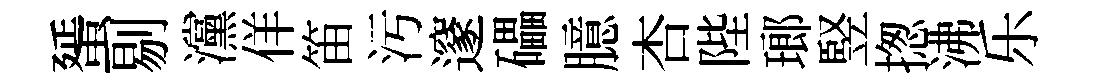
蜑剔灙佯笛污邃礧臆杏陛瑯竪揔沸乐